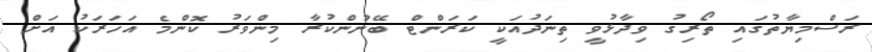
ރަސްމިޔާތުގައި ތޯރިގު ވިދާޅުވީ ތިނަދުއަކީ ކަރަންޓް ބޭނުންކުރާ މިންވަރު ކޮންމެ އަހަރަކު އަށް